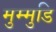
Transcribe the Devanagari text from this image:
मुम्मुडि